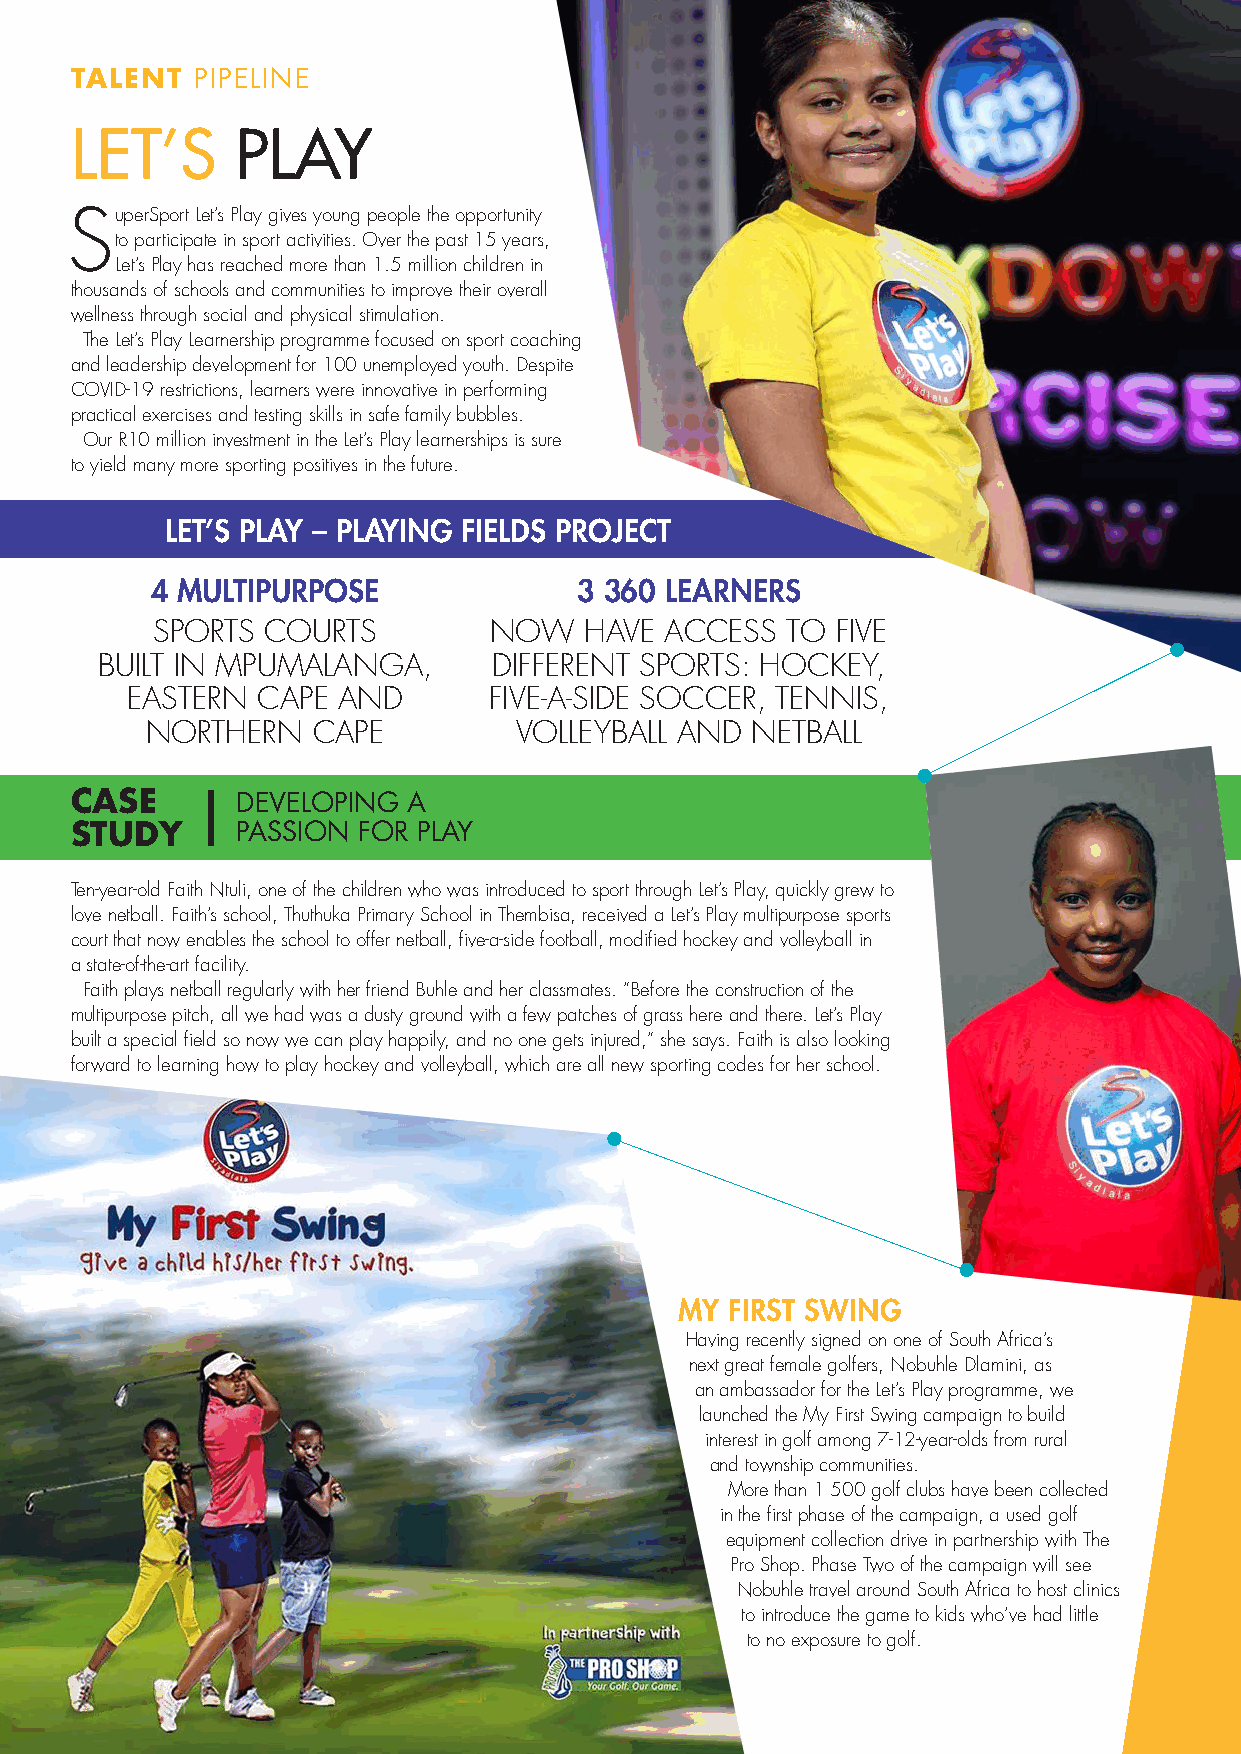
TALENT  PIPELINE
 LET’S      PLAY
 SuperSport Let’s Play gives young people the opportunity
 to participate in sport activities. Over the past 15 years,
 Let’s Play has reached more than 1.5 million children in
 thousands of schools and communities to improve their overall
 wellness through social and physical stimulation.
 The Let’s Play Learnership programme focused on sport coaching
 and leadership development for 100 unemployed youth. Despite
 COVID-19 restrictions, learners were innovative in performing
 practical exercises and testing skills in safe family bubbles.
 Our R10 million investment in the Let’s Play learnerships is sure
 to yield many more sporting positives in the future.
 LET’S PLAY – PLAYING FIELDS PROJECT
 4 MULTIPURPOSE              3 360 LEARNERS
 SPORTS COURTS         NOW    HAVE ACCESS  TO FIVE
 BUILT IN MPUMALANGA,       DIFFERENT SPORTS: HOCKEY,
 EASTERN  CAPE AND       FIVE-A-SIDE SOCCER, TENNIS,
 NORTHERN   CAPE         VOLLEYBALL AND  NETBALL
 CASE       DEVELOPING A
 STUDY      PASSION FOR PLAY
 Ten-year-old Faith Ntuli, one of the children who was introduced to sport through Let’s Play, quickly grew to
 love netball. Faith’s school, Thuthuka Primary School in Thembisa, received a Let’s Play multipurpose sports
 court that now enables the school to offer netball, five-a-side football, modified hockey and volleyball in
 a state-of-the-art facility.
 Faith plays netball regularly with her friend Buhle and her classmates. “Before the construction of the
 multipurpose pitch, all we had was a dusty ground with a few patches of grass here and there. Let’s Play
 built a special field so now we can play happily, and no one gets injured,” she says. Faith is also looking
 forward to learning how to play hockey and volleyball, which are all new sporting codes for her school.
 PIC
 MY FIRST SWING
 Having recently signed on one of South Africa’s
 next great female golfers, Nobuhle Dlamini, as
 an ambassador for the Let’s Play programme, we
 launched the My First Swing campaign to build
 interest in golf among 7-12-year-olds from rural
 and township communities.
 More than 1 500 golf clubs have been collected
 in the first phase of the campaign, a used golf
 equipment collection drive in partnership with The
 Pro Shop. Phase Two of the campaign will see
 Nobuhle travel around South Africa to host clinics
 to introduce the game to kids who’ve had little
 to no exposure to golf.
 00